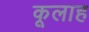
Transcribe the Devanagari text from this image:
कूलाह